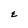
Character: E